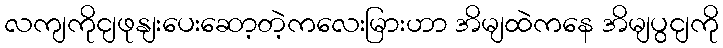
လကျကိုငျဖုနျးပေးဆော့တဲ့ကလေးမြားဟာ အိမျထဲကနေ အိမျပွငျကို